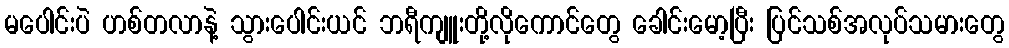
မပေါင်းပဲ ဟစ်တလာနဲ့ သွားပေါင်းယင် ဘရီကျူးတို့လိုကောင်တွေ ခေါင်းမော့ပြီး ပြင်သစ်အလုပ်သမားတွေ